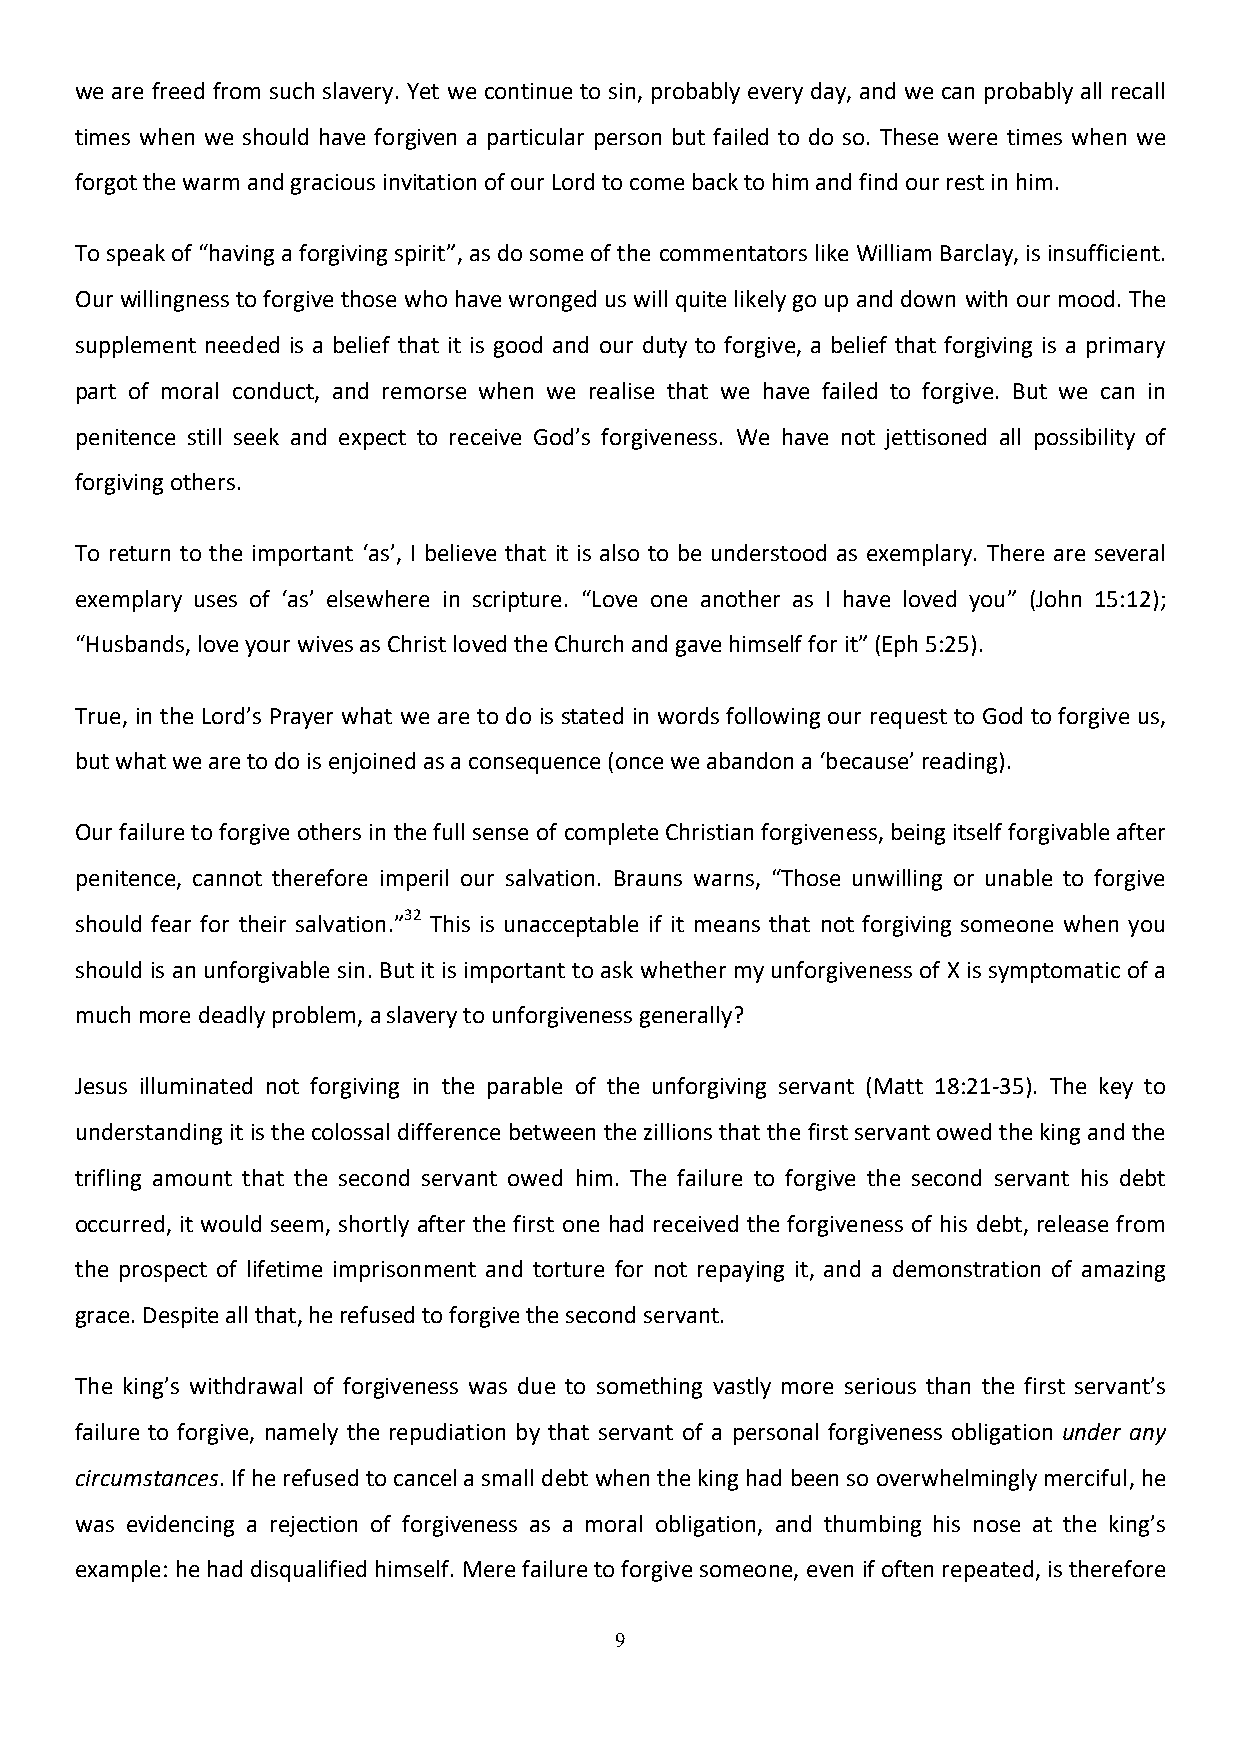
we are freed from such slavery. Yet we continue to sin, probably every day, and we can probably all recall
 times when we should have forgiven a particular person but failed to do so. These were times when we
 forgot the warm and gracious invitation of our Lord to come back to him and find our rest in him.
 To speak of “having a forgiving spirit”, as do some of the commentators like William Barclay, is insufficient.
 Our willingness to forgive those who have wronged us will quite likely go up and down with our mood. The
 supplement needed is a belief that it is good and our duty to forgive, a belief that forgiving is a primary
 part of moral conduct, and remorse when we realise that we have failed to forgive. But we can in
 penitence still seek and expect to receive God’s forgiveness. We have not jettisoned all possibility of
 forgiving others.
 To return to the important ‘as’, I believe that it is also to be understood as exemplary. There are several
 exemplary uses of ‘as’ elsewhere in scripture. “Love one another as I have loved you” (John 15:12);
 “Husbands, love your wives as Christ loved the Church and gave himself for it” (Eph 5:25).
 True, in the Lord’s Prayer what we are to do is stated in words following our request to God to forgive us,
 but what we are to do is enjoined as a consequence (once we abandon a ‘because’ reading).
 Our failure to forgive others in the full sense of complete Christian forgiveness, being itself forgivable after
 penitence, cannot therefore imperil our salvation. Brauns warns, “Those unwilling or unable to forgive
 should fear for their salvation.”32 This is unacceptable if it means that not forgiving someone when you
 should is an unforgivable sin. But it is important to ask whether my unforgiveness of X is symptomatic of a
 much more deadly problem, a slavery to unforgiveness generally?
 Jesus illuminated not forgiving in the parable of the unforgiving servant (Matt 18:21-35). The key to
 understanding it is the colossal difference between the zillions that the first servant owed the king and the
 trifling amount that the second servant owed him. The failure to forgive the second servant his debt
 occurred, it would seem, shortly after the first one had received the forgiveness of his debt, release from
 the prospect of lifetime imprisonment and torture for not repaying it, and a demonstration of amazing
 grace. Despite all that, he refused to forgive the second servant.
 The king’s withdrawal of forgiveness was due to something vastly more serious than the first servant’s
 failure to forgive, namely the repudiation by that servant of a personal forgiveness obligation under any
 circumstances. If he refused to cancel a small debt when the king had been so overwhelmingly merciful, he
 was evidencing a rejection of forgiveness as a moral obligation, and thumbing his nose at the king’s
 example: he had disqualified himself. Mere failure to forgive someone, even if often repeated, is therefore
 9